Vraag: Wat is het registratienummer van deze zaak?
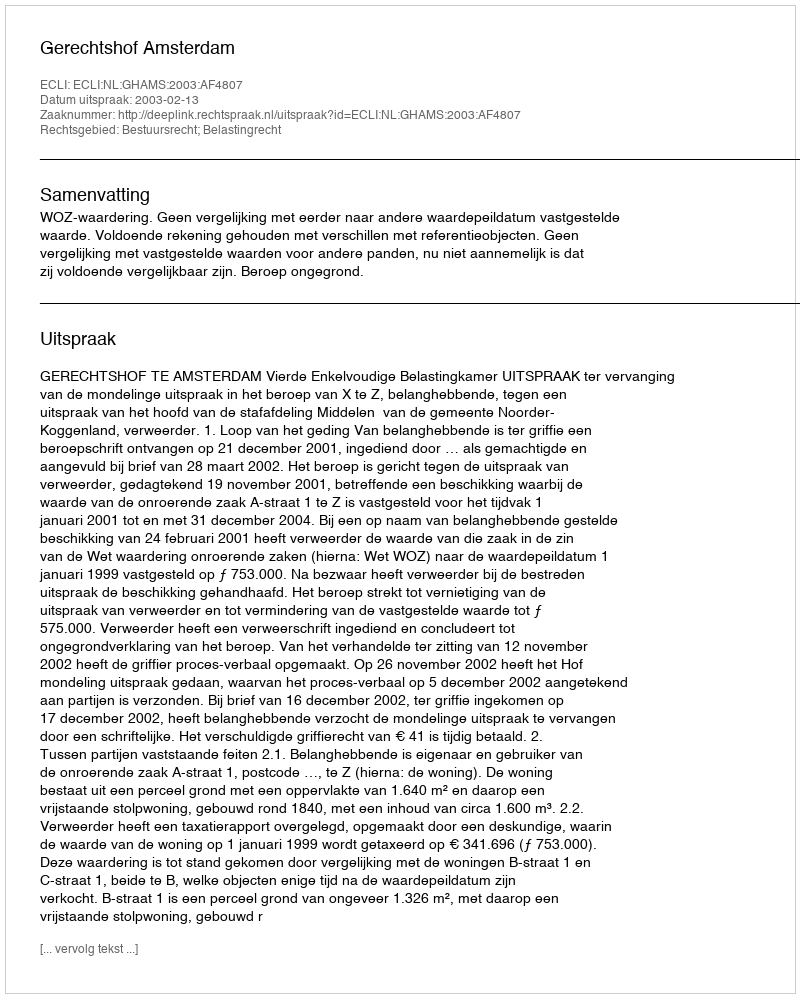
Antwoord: http://deeplink.rechtspraak.nl/uitspraak?id=ECLI:NL:GHAMS:2003:AF4807